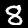
Label: 8